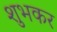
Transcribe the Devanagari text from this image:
शुभकर